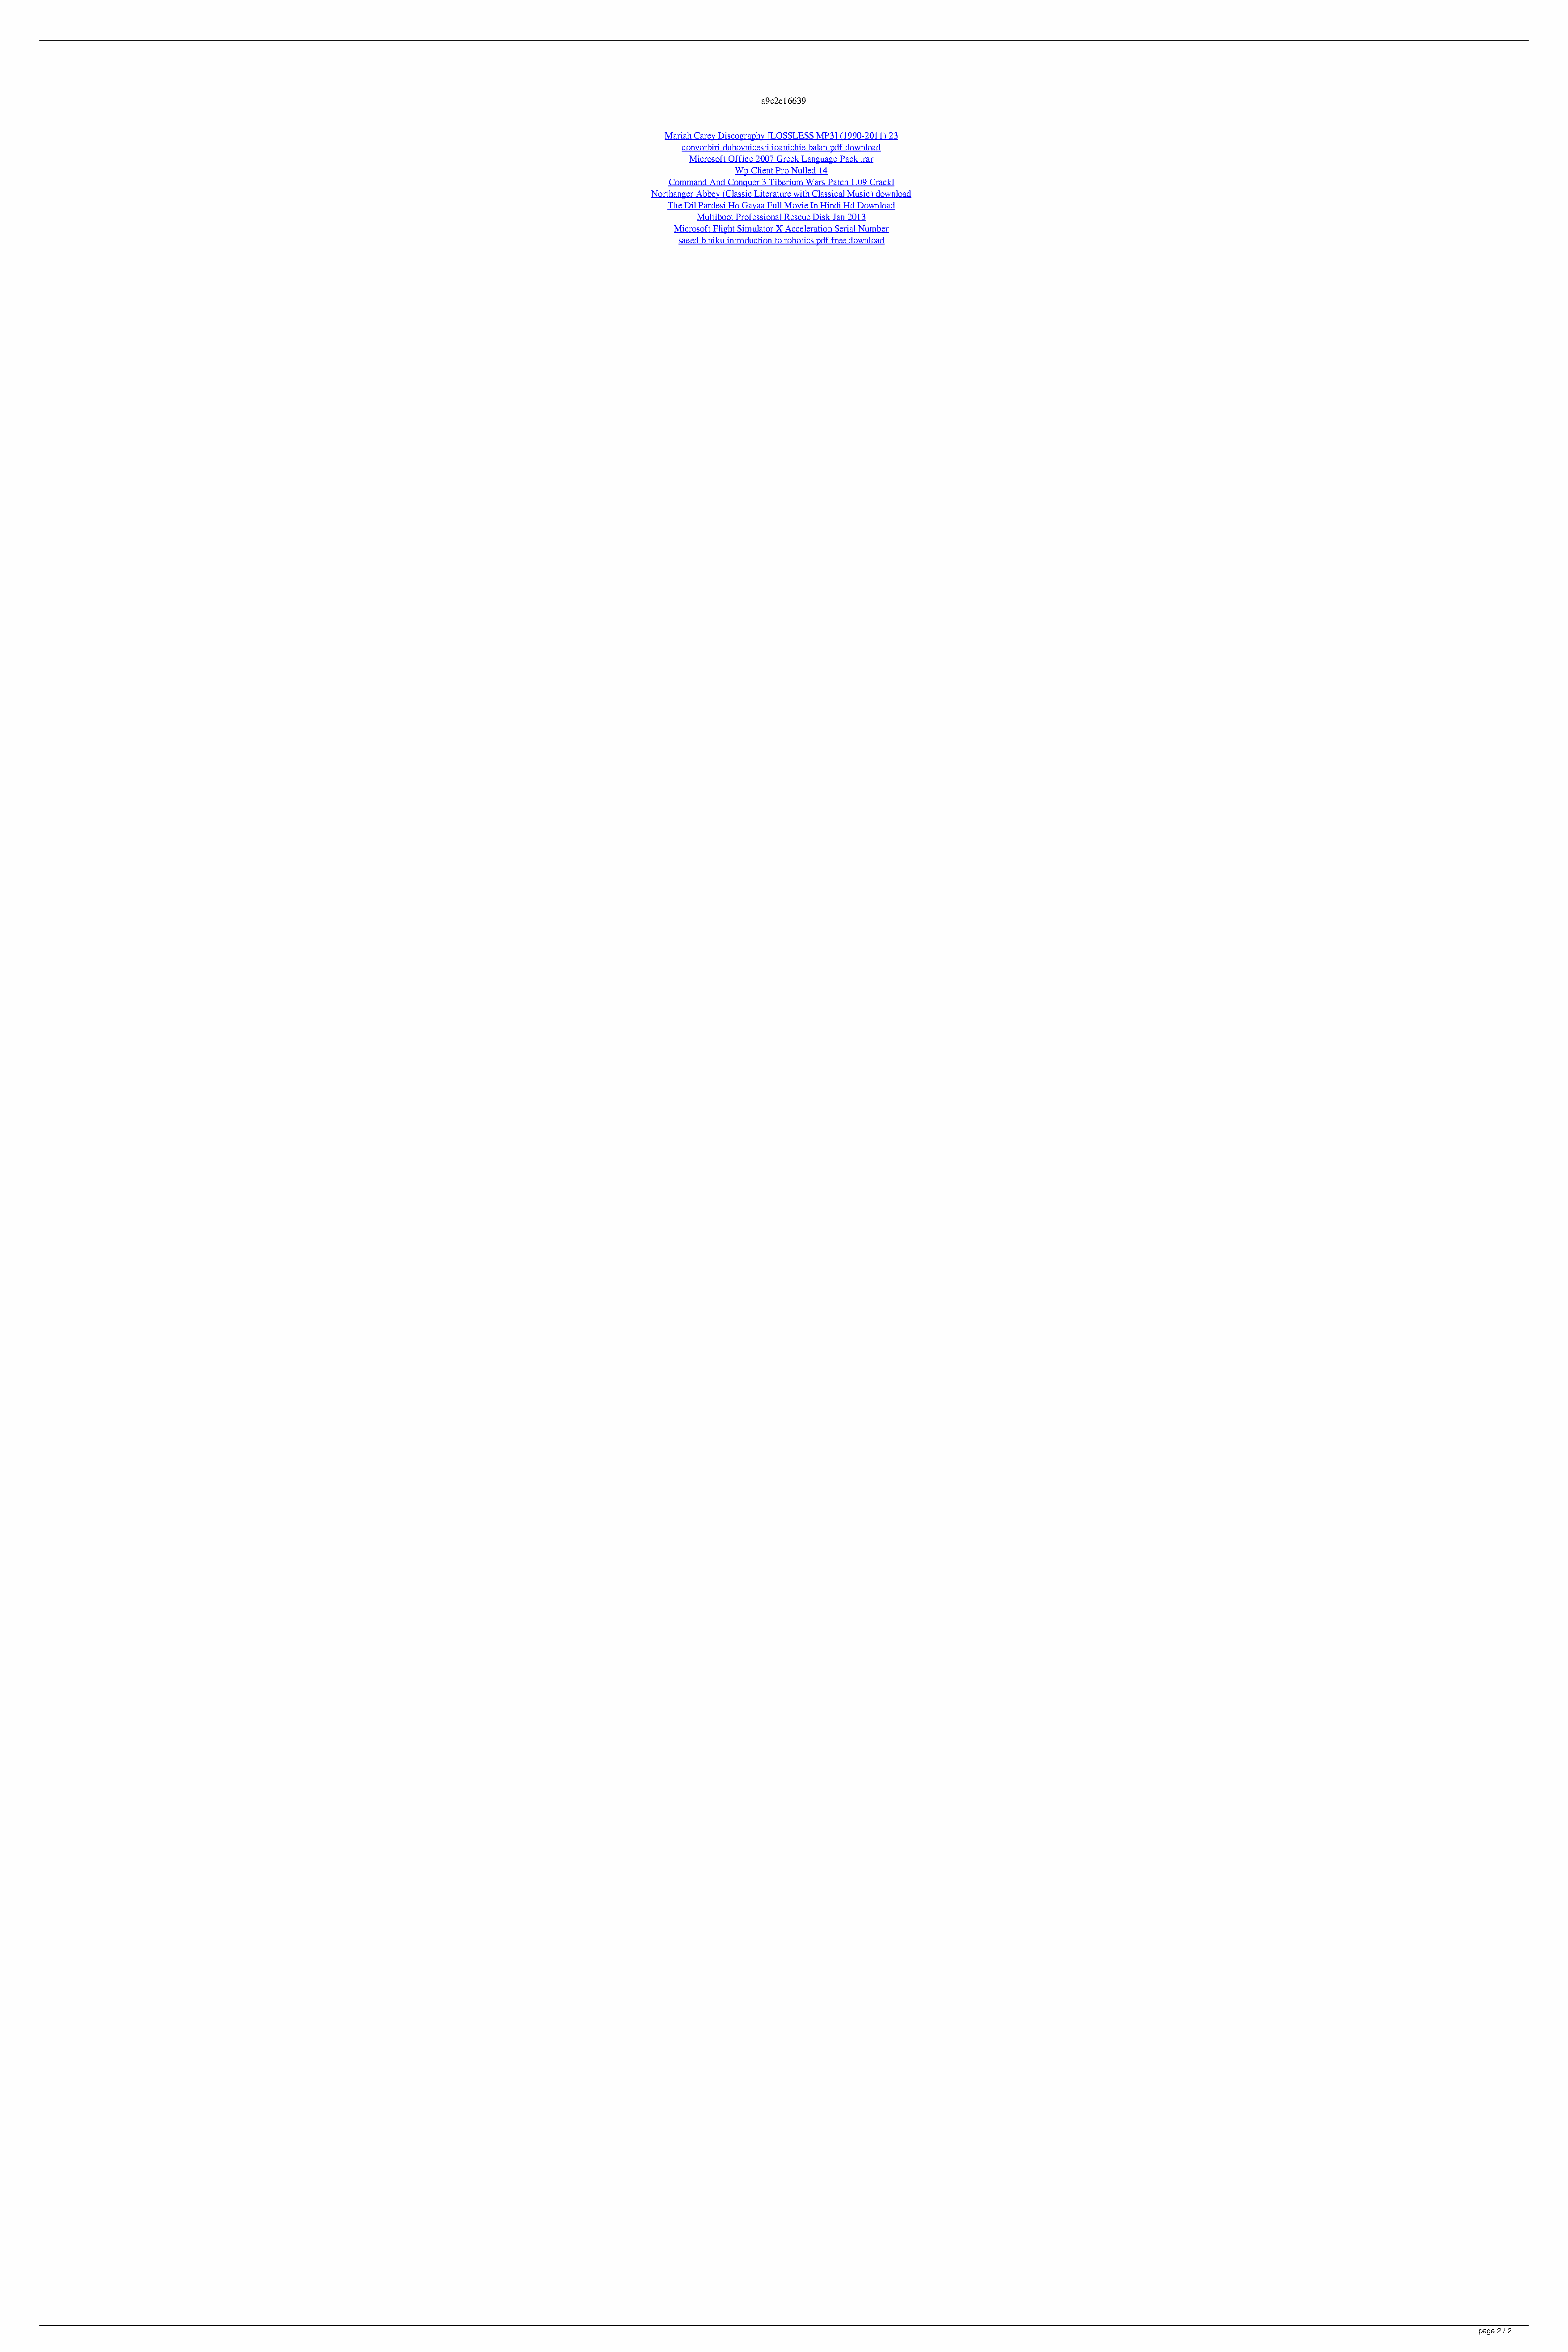
a9c2e16639
 Mariah Carey Discography [LOSSLESS MP3] (1990-2011) 23
 convorbiri duhovnicesti ioanichie balan pdf download
 Microsoft Office 2007 Greek Language Pack .rar
 Wp Client Pro Nulled 14
 Command And Conquer 3 Tiberium Wars Patch 1.09 Crackl
 Northanger Abbey (Classic Literature with Classical Music) download
 The Dil Pardesi Ho Gayaa Full Movie In Hindi Hd Download
 Multiboot Professional Rescue Disk Jan 2013
 Microsoft Flight Simulator X Acceleration Serial Number
 saeed b niku introduction to robotics pdf free download
 page 2 / 2
 Alien Skin Exposure 500703 X86 X64